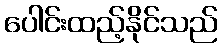
ပေါင်းထည့်နိုင်သည်